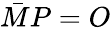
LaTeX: {\bar{M}}P=O